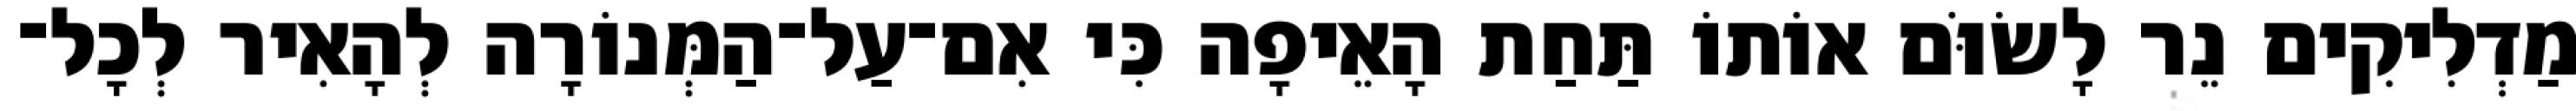
מַדְלִיקִים נֵר לָשׂוֹּם אוֹתוֹ תַּחַת הָאֵיפָה כִּי אִם־עַל־הַמְּנוֹרָה לְהָאִיר לְכָל־